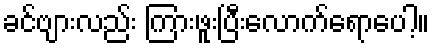
ခင်ဗျားလည်း ကြားဖူးပြီးလောက်ရောပေါ့။